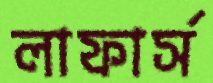
লাফার্স